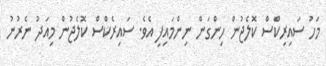
މަހު ސައިރިކްސް ކޮލެޖުން ހިންގަން ނިންމައިފި އެވެ. ސައިރެކްސް ކޮލެޖުން މިއަދު ނެރުނު